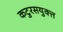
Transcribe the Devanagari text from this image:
कटुरसयुक्त